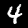
Digit: 4